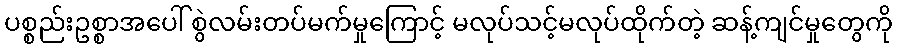
ပစ္စည်းဥစ္စာအပေါ် စွဲလမ်းတပ်မက်မှုကြောင့် မလုပ်သင့်မလုပ်ထိုက်တဲ့ ဆန့်ကျင်မှုတွေကို